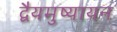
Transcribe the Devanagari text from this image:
द्वैयमुष्यायन